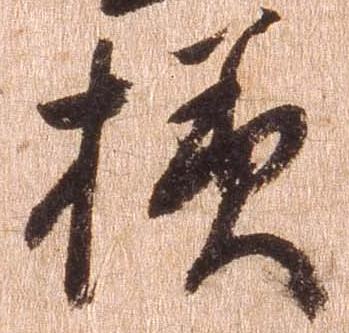
様